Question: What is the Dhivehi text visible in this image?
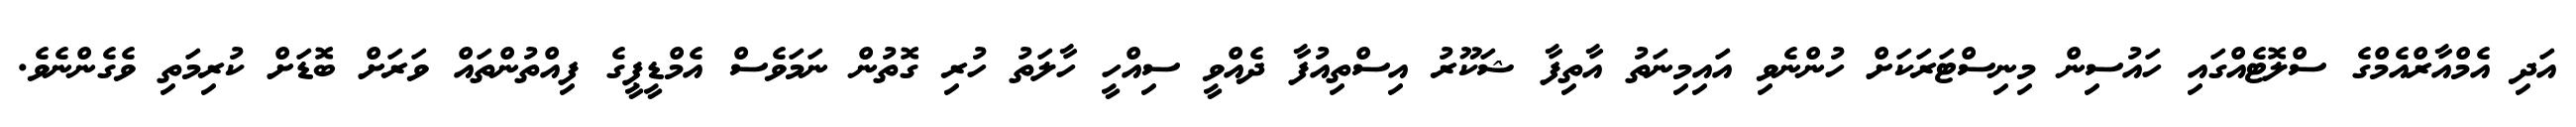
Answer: އަދި އެމްއާރްއެމްގެ ސްލޮޓެއްގައި ހައުސިން މިނިސްޓަރަކަށް ހުންނެވި އައިމިނަތު އާތިފާ ޝަކޫރު އިސްތިއުފާ ދެއްވީ ސިއްހީ ހާލަތު ހުރި ގޮތުން ނަމަވެސް އެމްޑީޕީގެ ފިއްތުންތައް ވަރަށް ބޮޑަށް ކުރިމަތި ވެގެންނެވެ.